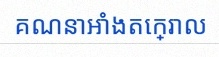
គណនាអាំងតេក្រាល